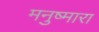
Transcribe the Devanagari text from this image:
मनुष्मारा